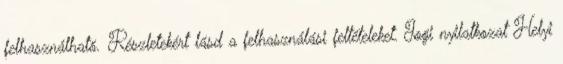
felhasználható. Részletekért lásd a felhasználási feltételeket. Jogi nyilatkozat Helyi